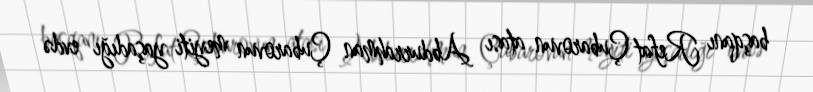
başqanı Refat Çubarovun atası Abdurrahman Çubarovun meyiti yaşadığı evdə